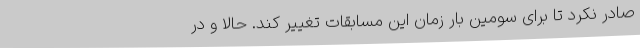
صادر نکرد تا برای سومین بار زمان این مسابقات تغییر کند. حالا و در